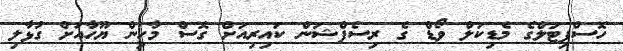
ހޮސްޕިޓަލްގެ މެޑިކަލް ވޯޑް ގެ ރިސެޕްޝަން ކައިރިއަށް ގޮސް މާހިން ޔޫހާއަށް ގުޅާލި